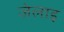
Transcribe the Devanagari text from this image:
जेलाइ